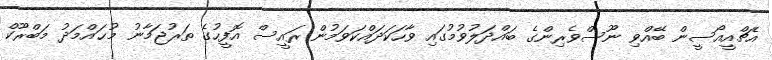
އެޗްއީއޯސީން ބޭއްވި ނޫސްވެރިންގެ ބައްދަލުވުމުގައި ވާހަކަދައްކަވަމުން ރައީސް އޮފީހުގެ ތަރުޖަމާނު މުޙައްމަދު މަބްރޫކް